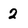
Character: 2